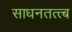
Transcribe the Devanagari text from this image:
साधनतत्त्ब